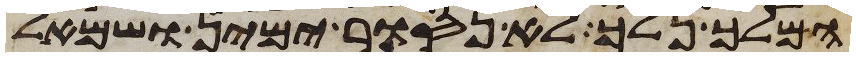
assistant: המלך נלך לא נסור ימין ושמאל